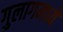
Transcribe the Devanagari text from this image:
गुलागमध्ये